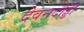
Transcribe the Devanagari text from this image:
देवनदोड्डी